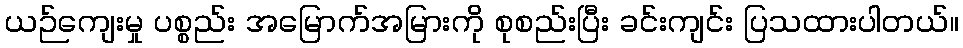
ယဉ်ကျေးမှု ပစ္စည်း အမြောက်အမြားကို စုစည်းပြီး ခင်းကျင်း ပြသထားပါတယ်။